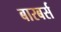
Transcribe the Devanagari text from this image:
बारबर्स